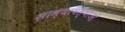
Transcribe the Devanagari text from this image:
साम्यावस्थाओं